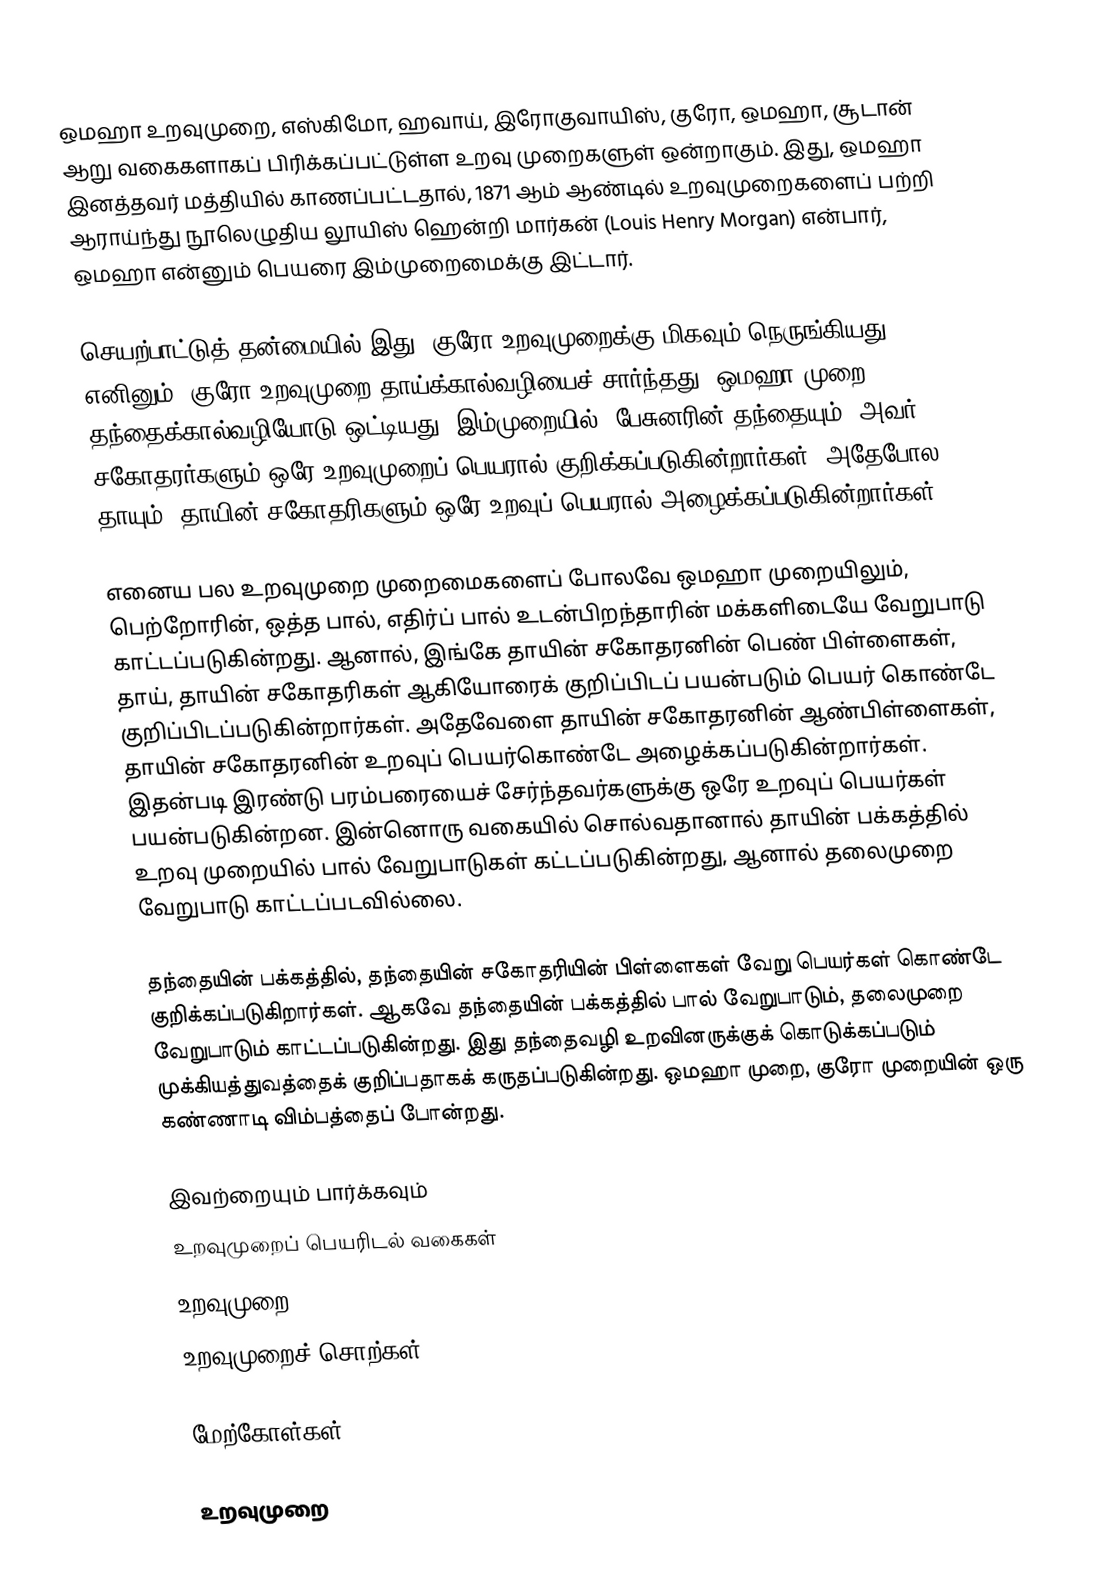
ஒமஹா உறவுமுறை, எஸ்கிமோ, ஹவாய், இரோகுவாயிஸ், குரோ, ஒமஹா, சூடான் ஆறு வகைகளாகப் பிரிக்கப்பட்டுள்ள உறவு முறைகளுள் ஒன்றாகும். இது, ஒமஹா இனத்தவர் மத்தியில் காணப்பட்டதால், 1871 ஆம் ஆண்டில் உறவுமுறைகளைப் பற்றி ஆராய்ந்து நூலெழுதிய லூயிஸ் ஹென்றி மார்கன் (Louis Henry Morgan) என்பார், ஒமஹா என்னும் பெயரை இம்முறைமைக்கு இட்டார்.

செயற்பாட்டுத் தன்மையில் இது, குரோ உறவுமுறைக்கு மிகவும் நெருங்கியது. எனினும், குரோ உறவுமுறை தாய்க்கால்வழியைச் சார்ந்தது. ஒமஹா முறை தந்தைக்கால்வழியோடு ஒட்டியது. இம்முறையில், பேசுனரின் தந்தையும், அவர் சகோதரர்களும் ஒரே உறவுமுறைப் பெயரால் குறிக்கப்படுகின்றார்கள். அதேபோல, தாயும், தாயின் சகோதரிகளும் ஒரே உறவுப் பெயரால் அழைக்கப்படுகின்றார்கள்.

எனைய பல உறவுமுறை முறைமைகளைப் போலவே ஒமஹா முறையிலும், பெற்றோரின், ஒத்த பால், எதிர்ப் பால் உடன்பிறந்தாரின் மக்களிடையே வேறுபாடு காட்டப்படுகின்றது. ஆனால், இங்கே தாயின் சகோதரனின் பெண் பிள்ளைகள், தாய், தாயின் சகோதரிகள் ஆகியோரைக் குறிப்பிடப் பயன்படும் பெயர் கொண்டே குறிப்பிடப்படுகின்றார்கள். அதேவேளை தாயின் சகோதரனின் ஆண்பிள்ளைகள், தாயின் சகோதரனின் உறவுப் பெயர்கொண்டே அழைக்கப்படுகின்றார்கள். இதன்படி இரண்டு பரம்பரையைச் சேர்ந்தவர்களுக்கு ஒரே உறவுப் பெயர்கள் பயன்படுகின்றன. இன்னொரு வகையில் சொல்வதானால் தாயின் பக்கத்தில் உறவு முறையில் பால் வேறுபாடுகள் கட்டப்படுகின்றது, ஆனால் தலைமுறை வேறுபாடு காட்டப்படவில்லை.

தந்தையின் பக்கத்தில், தந்தையின் சகோதரியின் பிள்ளைகள் வேறு பெயர்கள் கொண்டே குறிக்கப்படுகிறார்கள். ஆகவே தந்தையின் பக்கத்தில் பால் வேறுபாடும், தலைமுறை வேறுபாடும் காட்டப்படுகின்றது. இது தந்தைவழி உறவினருக்குக் கொடுக்கப்படும் முக்கியத்துவத்தைக் குறிப்பதாகக் கருதப்படுகின்றது. ஒமஹா முறை, குரோ முறையின் ஒரு கண்ணாடி விம்பத்தைப் போன்றது.

இவற்றையும் பார்க்கவும்
 உறவுமுறைப் பெயரிடல் வகைகள்
 உறவுமுறை
 உறவுமுறைச் சொற்கள்

மேற்கோள்கள்

உறவுமுறை